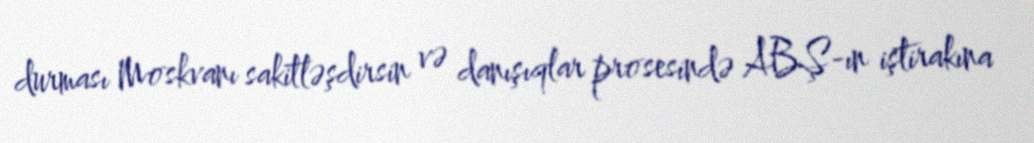
durması Moskvanı sakitləşdirsin və danışıqlar prosesində ABŞ-ın iştirakına